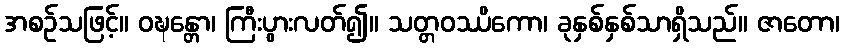
အစဉ်သဖြင့်။ ဝဍ္ဎန္တော၊ ကြီးပွားလတ်၍။ သတ္တဝဿိကော၊ ခုနှစ်နှစ်သာရှိသည်။ ဇာတော၊